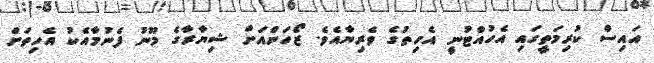
އައިސް ކުރިމަތީގައި އެހުއްޓުނީ އެހިތުގެ ވެރިޔާއެވެ. ޒޯހަންއަށް ޝިޔާރާގެ މޫނު ފެނުމާއެކު އެހިތަށް